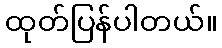
ထုတ်ပြန်ပါတယ်။